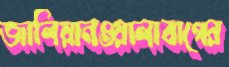
জালিয়ানওয়ালাবাগের